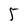
Character: 5